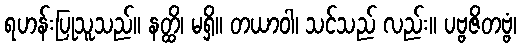
ရဟန်းပြုသူသည်။ နတ္ထိ၊ မရှိ။ တယာဝါ၊ သင်သည် လည်း။ ပဗ္ဗဇိတဗ္ဗံ၊